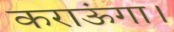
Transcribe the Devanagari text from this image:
कराऊंगा।